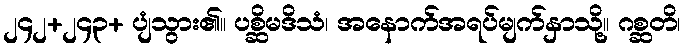
၂၄၂+၂၄၃+ ပျံသွား၏။ ပစ္ဆိမဒိသံ၊ အနောက်အရပ်မျက်နှာသို့။ ဂစ္ဆတိ၊